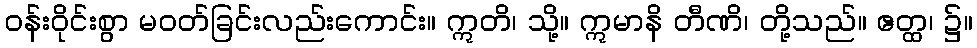
ဝန်းဝိုင်းစွာ မဝတ်ခြင်းလည်းကောင်း။ ဣတိ၊ သို့။ ဣမာနိ တီဏိ၊ တို့သည်။ ဧတ္ထ၊ ၌။